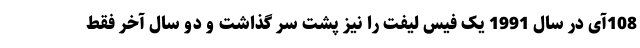
108آی در سال 1991 یک فیس لیفت را نیز پشت سر گذاشت و دو سال آخر فقط